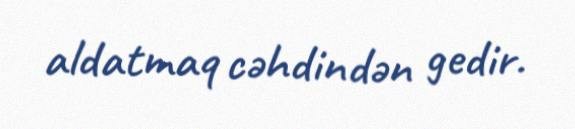
aldatmaq cəhdindən gedir.